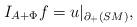
LaTeX: \begin{align*}I_{A+\Phi} f = u|_{\partial_+(SM)},\end{align*}